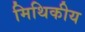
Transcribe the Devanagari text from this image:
मिथिकीय